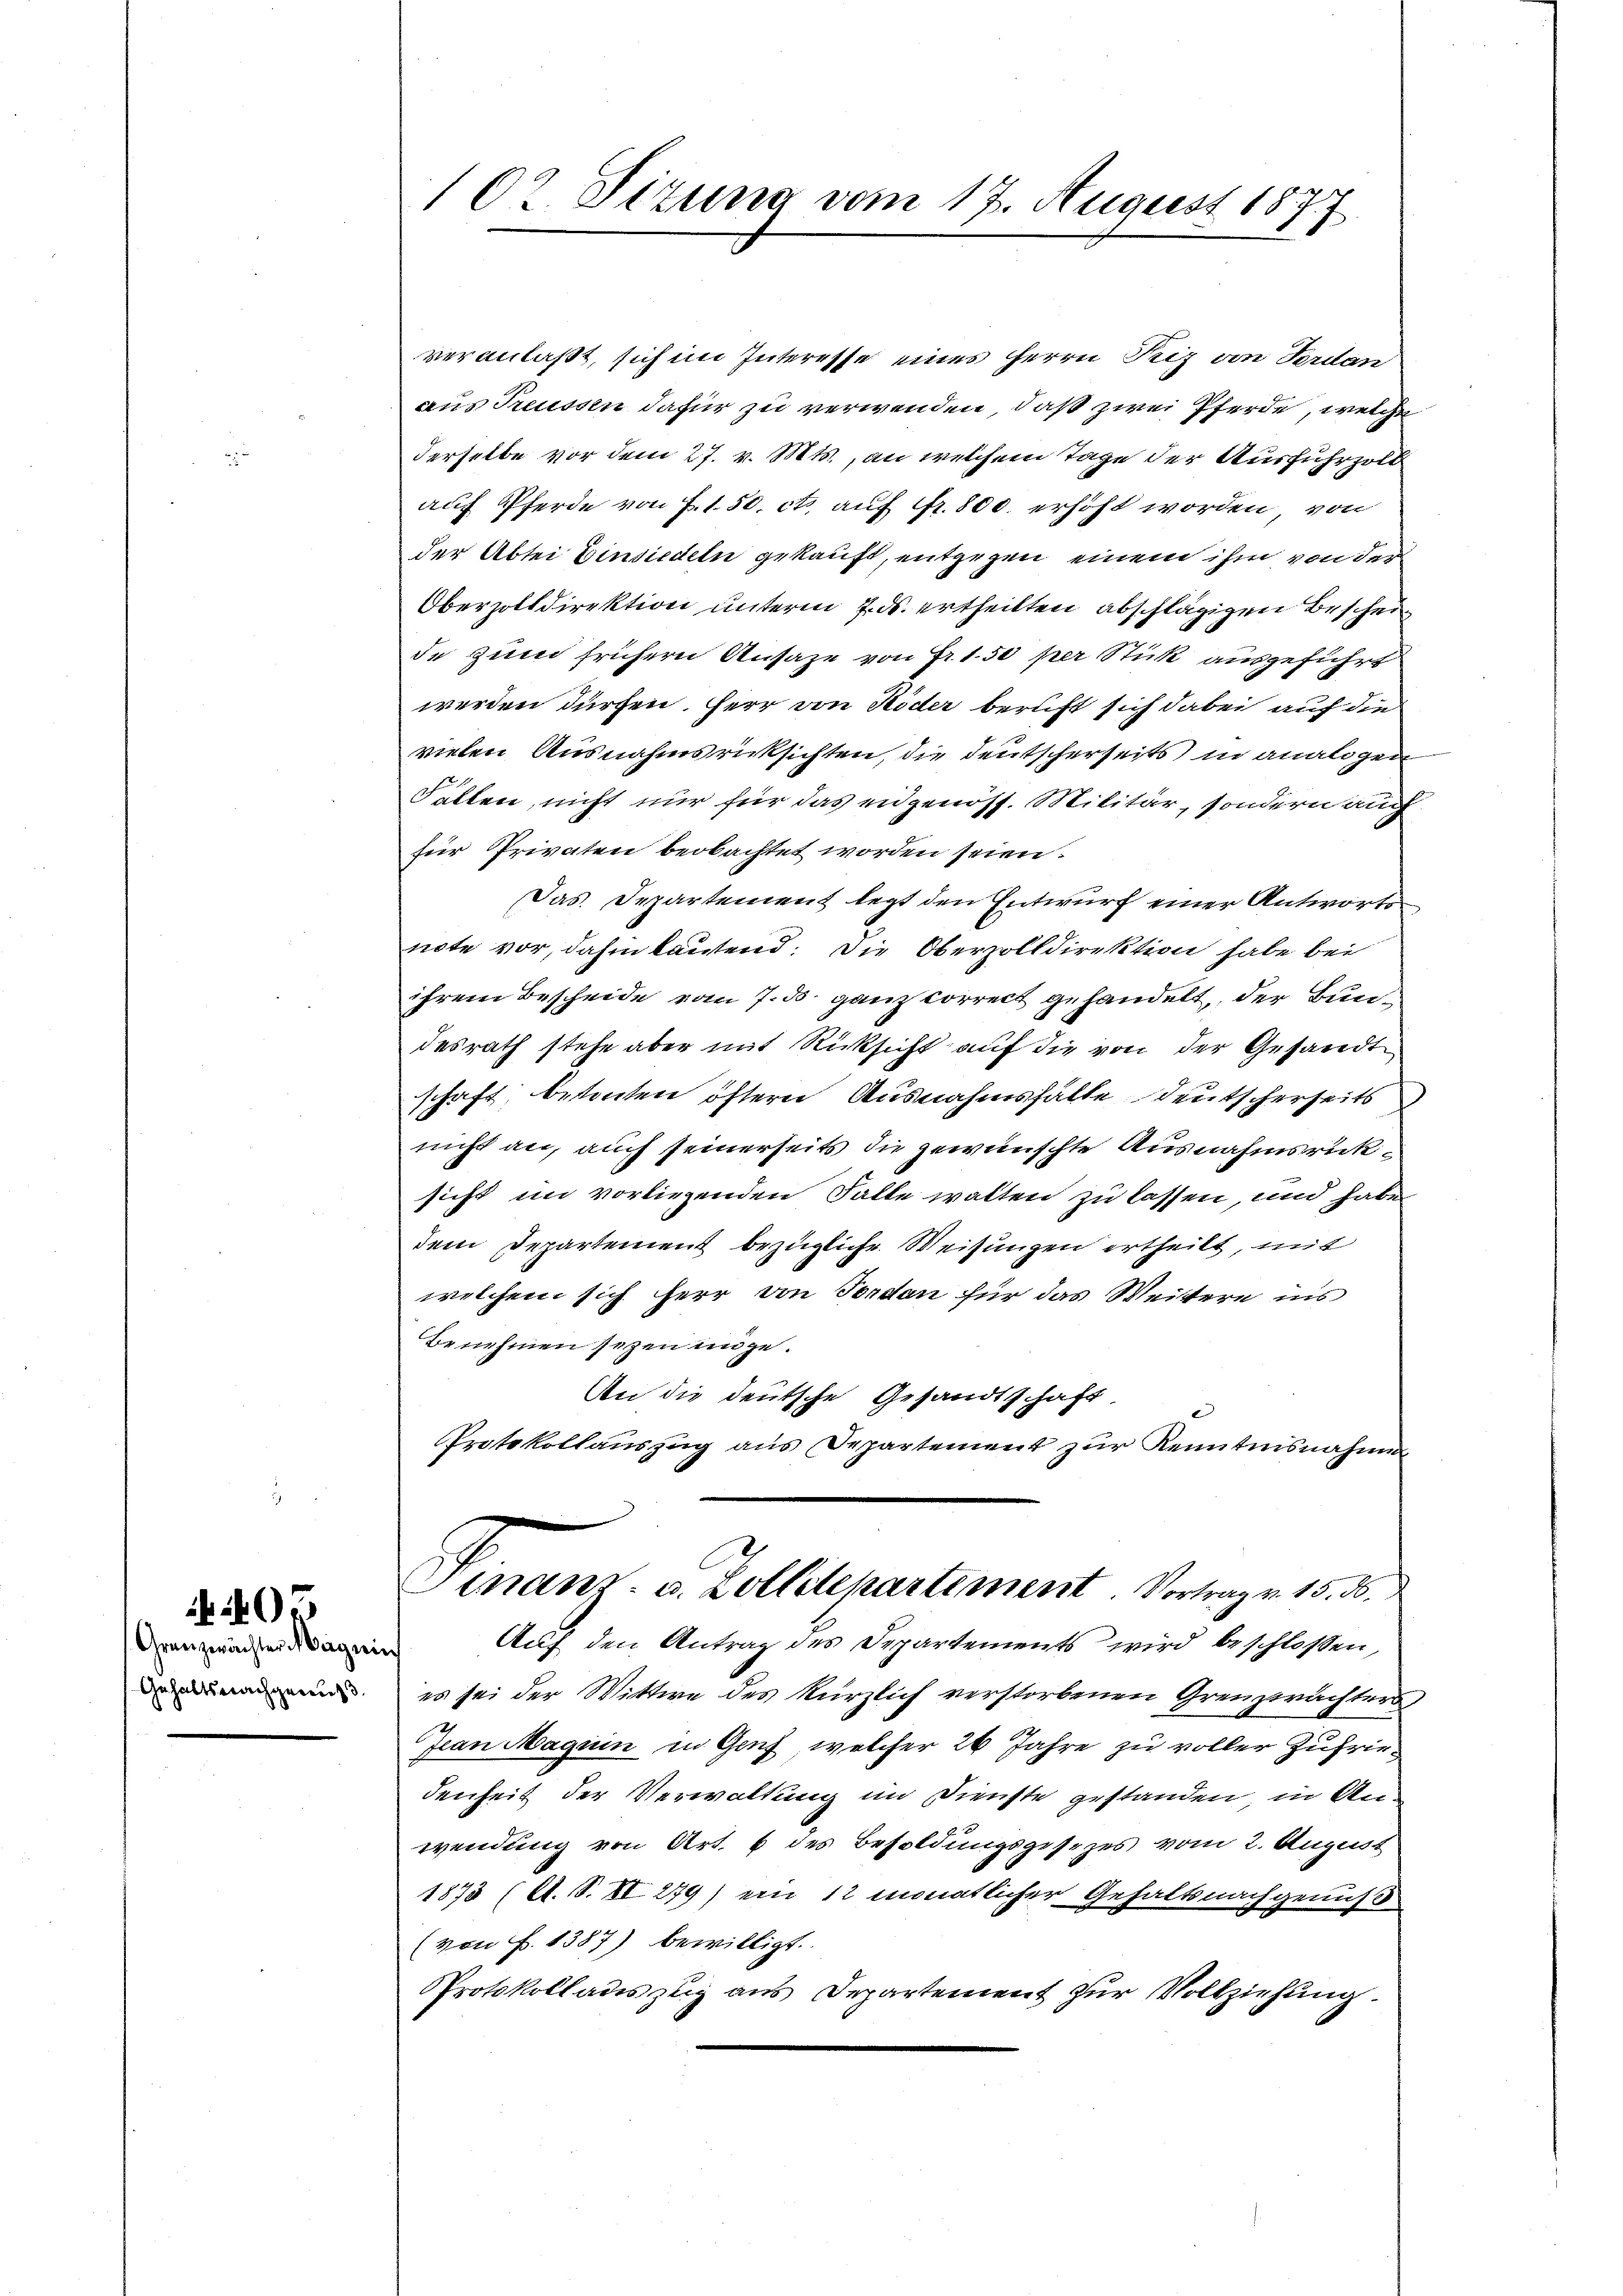
Granzwächter Magnin
Gehaltsnachgenus.

102. Situng vom 17. August 1877

veranlaßt, sich im Interesse eines Herrn Reiz von Ferdan
aus Treussen dafür zu verwenden, daß zwei Pferde, welche
derselbe vor dem 27. v. Mts., an welchem Tage der Ausfuhrzold
auf Pferde von J. 1.50 ct, auf fr. 800. erhöht worden, von
der Abtei Einsiedeln gekauft, entgegen einem ihm von der
Oberzolldirektion unterm 7. ds. ertheilten abschlägigen Bescheide zum frühern Ansage von Fr. 1.50 per Stick ausgeführt
werden dürfen. Herr von Köder beruft sich dabei auf die
vielen Ausnahmsrücksichten, die deutscherseits in analogen
Fällen, nicht nur für das eidgenöss. Militär, sondern auch
für Privaten beobachtet worden seien.
Das Departement legt den Entwurf einer Antwortsnote vor, dahin bautend. Die Oberzolldirektion habe bei
ihrem Bescheide vom 7. ds. ganz correct gehandelt, der Bundesrath stehe aber mit Rücksicht auf die von der Gesandt
schaft, betonten öftern Ausnahmsfälle deutscherheits
nicht an, auch seinerseits die gewünschte Ausnahmsricksicht im vorliegenden Falle walten zu lassen, und haben
dem Departement bezügliche Weisungen ertheilt, mit
welchem sich herr von Forden für das Weitere ins
Benehmen seyen unge¬
An die deutsche Gesandtschaft
Protokollauszug aus Departement zur Kenntnisnahme
Finanz- u. Zolldepartement. Vortrag v. 15. d.
Auf den Antrag des Departements wird beschlossen,
es sei der Wittwe des kürzlich verstorbenen Grenzprächters
Jean Maguin in Genf, welcher 26 Jahre zu voller Zufriedenheit der Verwaltung im Dienste gestanden, in Anwendung von Art. 6 des Besoldungsgesezes vom 2. August
1875 (lt. S. II 279) ein 12 monatlicher Gehaltsnachgenuß
(von f. 1387) bewilligt.
PProtokolladeszug aus Departement zur Vollziehung.